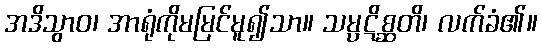
အဒိသွာဝ၊ အာရုံကိုမမြင်မူ၍သာ။ သမ္ပဋိစ္ဆတိ၊ လက်ခံ၏။